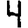
Digit: 4